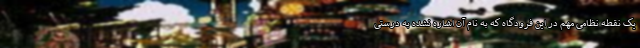
یک نقطه نظامی مهم در این فرودگاه که به نام آن اشاره نشده به درستی